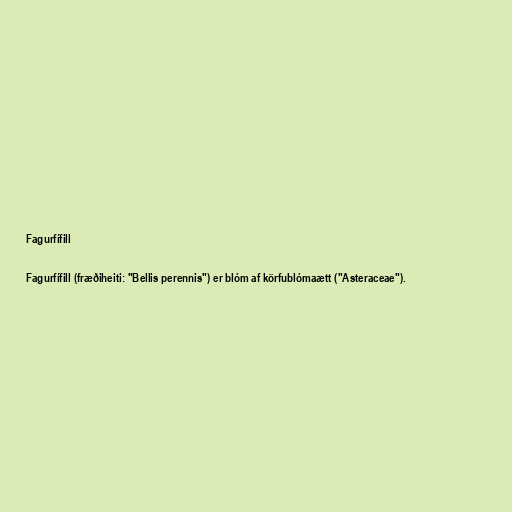
Fagurfífill

Fagurfífill (fræðiheiti: "Bellis perennis") er blóm af körfublómaætt ("Asteraceae").